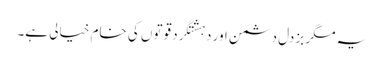
یہ مگر بزدل دشمن اور دہشتگرد قوتوں کی خام خیالی ہے۔